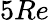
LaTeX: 5Re